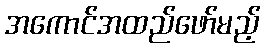
အကောင်အထည်ဖော်မည့်